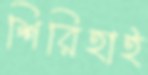
শিরিহাই